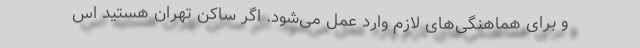
و برای هماهنگی‌‌های لازم وارد عمل می‌شود. اگر ساکن تهران هستید اس